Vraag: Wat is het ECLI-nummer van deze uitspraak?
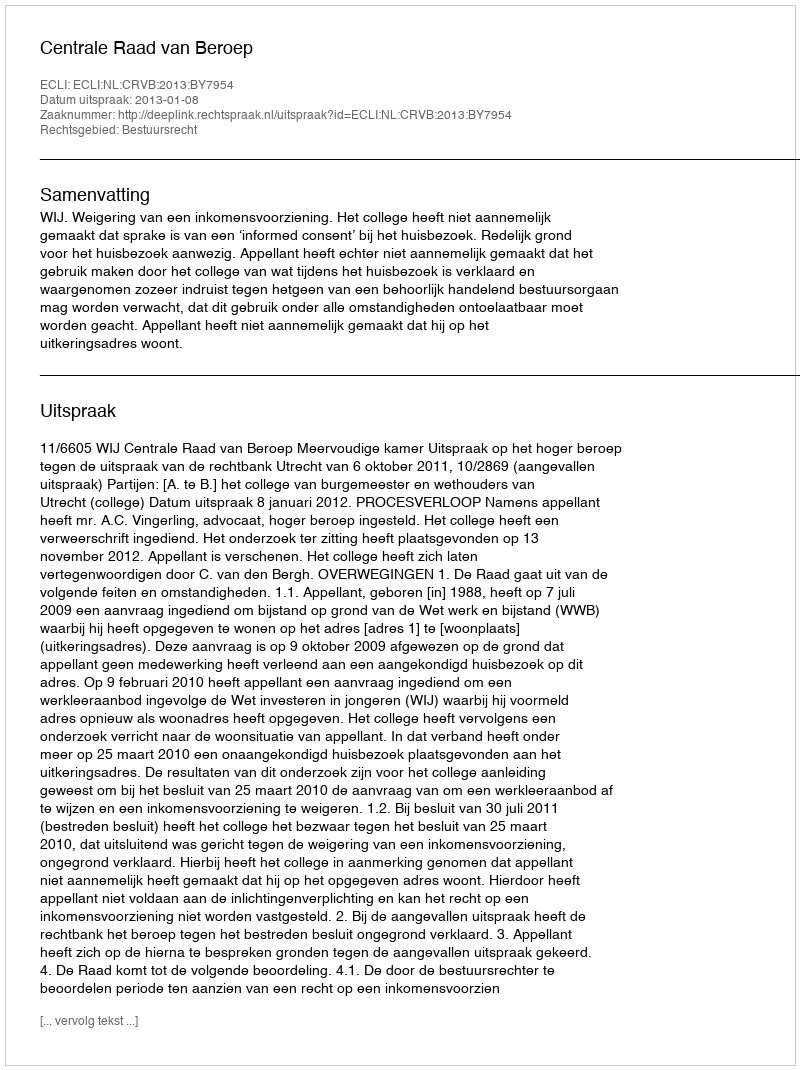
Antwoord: ECLI:NL:CRVB:2013:BY7954